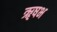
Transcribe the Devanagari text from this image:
ॠषभ